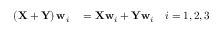
\begin{array} { r l } { \left( \mathbf { X } + \mathbf { Y } \right) \mathbf { w } _ { i } } & { { } = \mathbf { X } \mathbf { w } _ { i } + \mathbf { Y } \mathbf { w } _ { i } \quad i = { 1 , 2 , 3 } } \end{array}